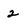
Character: 2